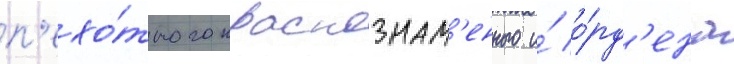
п'ехо́тного краснознам'енного и́ о́рд'ена